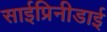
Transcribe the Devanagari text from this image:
साईप्रिनीडाई